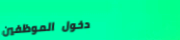
دخول الموظفين